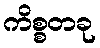
ကိစ္စတခု